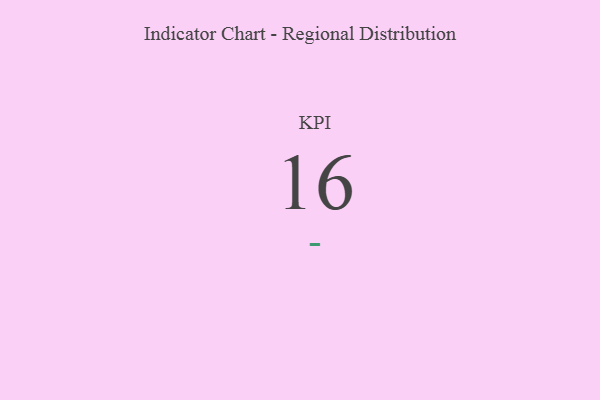
{"axis": {"x": "KPI", "y": "Value"}, "legend": [""], "data": [{"x": "KPI", "y": 16, "type": ""}]}